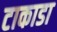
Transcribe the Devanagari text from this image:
टाकाडा